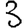
Digit: 3